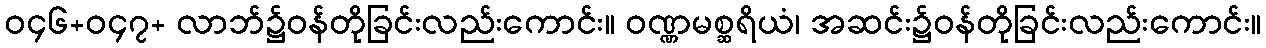
ဝ၄၆+ဝ၄၇+ လာဘ်၌ဝန်တိုခြင်းလည်းကောင်း။ ဝဏ္ဏမစ္ဆရိယံ၊ အဆင်း၌ဝန်တိုခြင်းလည်းကောင်း။